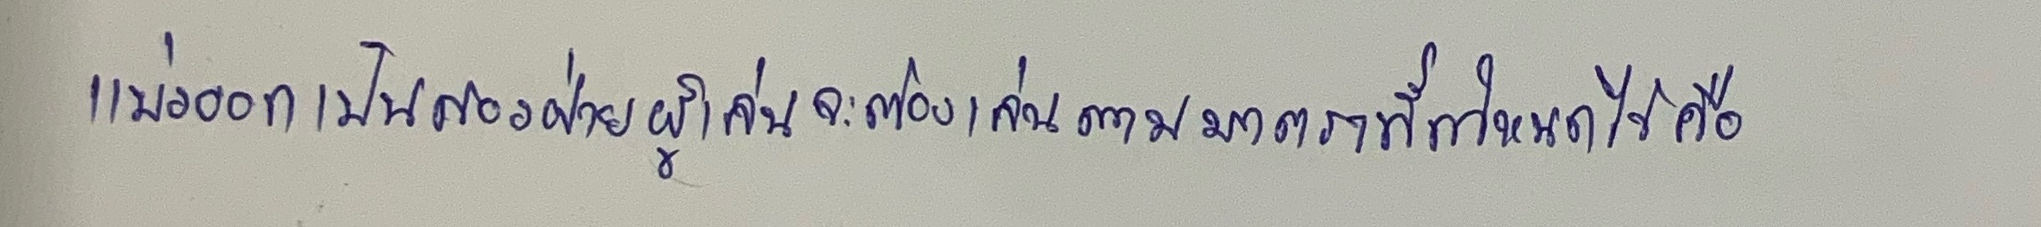
แบ่งออกเป็นสองฝ่ายผู้เล่นจะต้องเล่นตามมาตราที่กำหนดไว้คือ